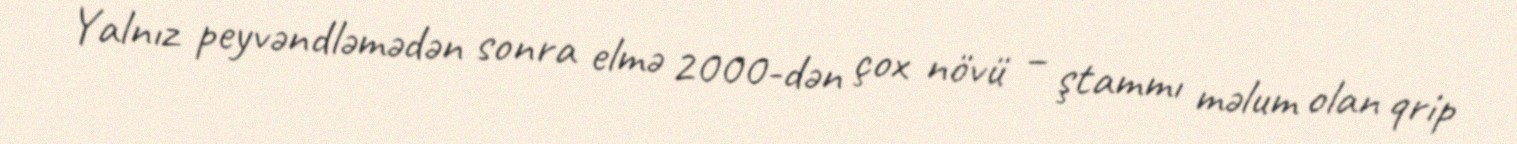
Yalnız peyvəndləmədən sonra elmə 2000-dən çox növü – ştammı məlum olan qrip